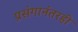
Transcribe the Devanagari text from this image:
प्रसंगानंतरही